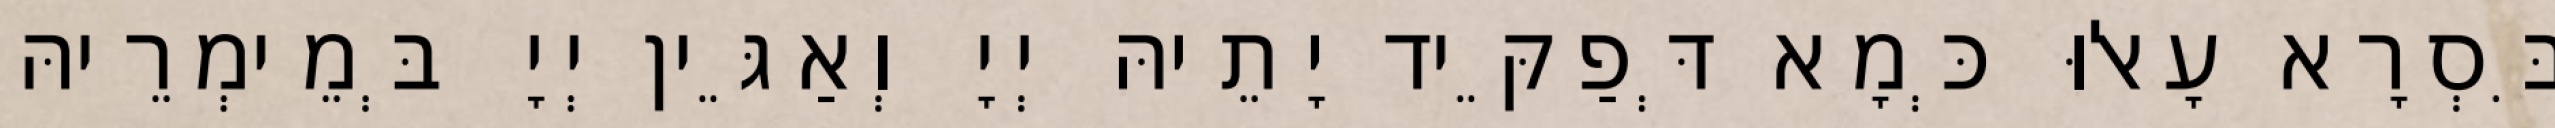
בִּסְרָא עָאלוּ כְּמָא דְּפַקֵּיד יָתֵיהּ יְיָ וְאַגֵּין יְיָ בְּמֵימְרֵיהּ